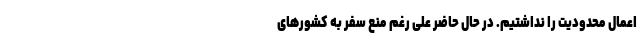
اعمال محدودیت را نداشتیم. در حال حاضر علی رغم منع سفر به کشور‌های